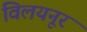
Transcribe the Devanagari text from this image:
विलयनूर